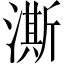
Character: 澌